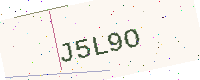
Text: J5L9O